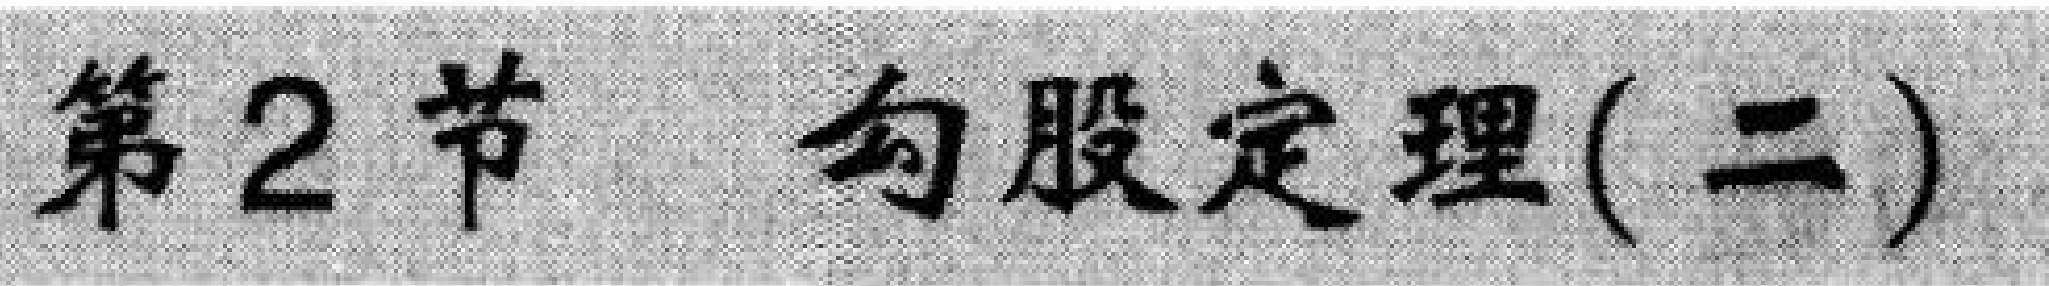
第2节 \qquad 勾股定理(二)